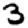
Digit: 3